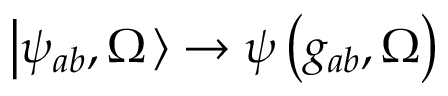
\left| \psi _ { a b } , \Omega \right. \rangle \rightarrow \psi \left( g _ { a b } , \Omega \right)